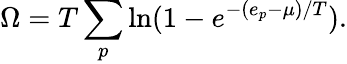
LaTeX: \Omega=T\sum_{p}\ln(1-e^{-(e_{p}-\mu)/T}).